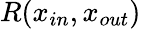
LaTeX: R(x_{in},x_{out})